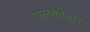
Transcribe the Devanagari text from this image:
एलकोहल